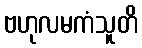
ဗဟုလမကံသူတိ